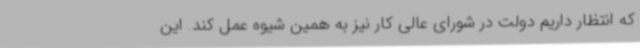
که انتظار داریم دولت در شورای عالی کار نیز به همین شیوه عمل کند. این